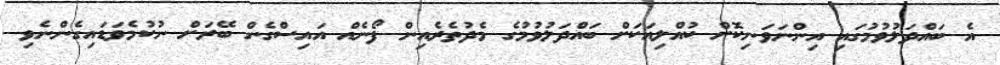
އެ ބައްދަލުވުމުގައި އިންނަވަނިކޮށް ކުއްލިއަކަށް ބައްދަލުވުމުގެ މެދުތެރެއިން ފޯނެއް އައިސްގެން ބޭރަށް ނުކުމެވަޑައިގެންނެވި